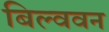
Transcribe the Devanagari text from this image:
बिल्ववन